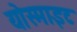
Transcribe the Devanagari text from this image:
योस्माइट